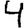
Digit: 4